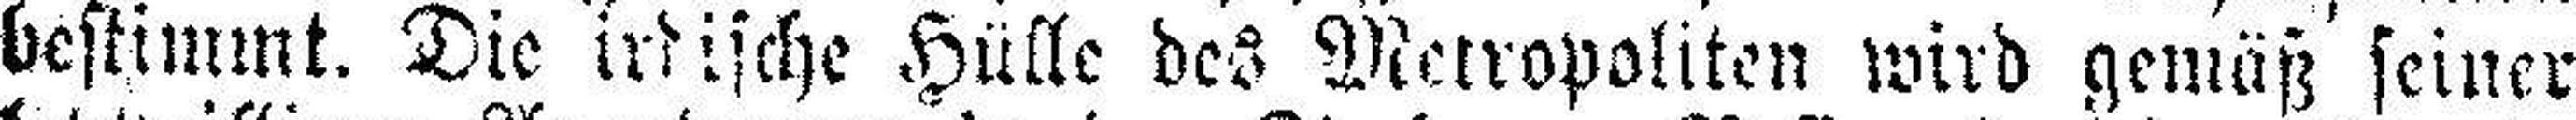
bestimmt. Die irdische Hülle des Metropoliten wird gemäß seiner